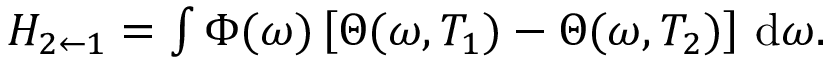
\begin{array} { r } { H _ { 2 \leftarrow 1 } = \int \Phi ( \omega ) \left[ \Theta ( \omega , T _ { 1 } ) - \Theta ( \omega , T _ { 2 } ) \right] \, \mathrm { d } \omega . } \end{array}